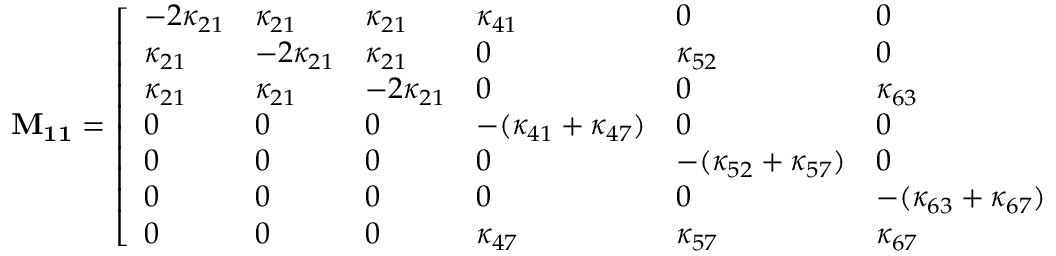
\mathbf { M _ { 1 1 } } = \left[ \begin{array} { l l l l l l l } { - 2 \kappa _ { 2 1 } } & { \kappa _ { 2 1 } } & { \kappa _ { 2 1 } } & { \kappa _ { 4 1 } } & { 0 } & { 0 } & { \kappa _ { 7 1 } } \\ { \kappa _ { 2 1 } } & { - 2 \kappa _ { 2 1 } } & { \kappa _ { 2 1 } } & { 0 } & { \kappa _ { 5 2 } } & { 0 } & { 0 } \\ { \kappa _ { 2 1 } } & { \kappa _ { 2 1 } } & { - 2 \kappa _ { 2 1 } } & { 0 } & { 0 } & { \kappa _ { 6 3 } } & { \kappa _ { 7 3 } } \\ { 0 } & { 0 } & { 0 } & { - ( \kappa _ { 4 1 } + \kappa _ { 4 7 } ) } & { 0 } & { 0 } & { 0 } \\ { 0 } & { 0 } & { 0 } & { 0 } & { - ( \kappa _ { 5 2 } + \kappa _ { 5 7 } ) } & { 0 } & { 0 } \\ { 0 } & { 0 } & { 0 } & { 0 } & { 0 } & { - ( \kappa _ { 6 3 } + \kappa _ { 6 7 } ) } & { 0 } \\ { 0 } & { 0 } & { 0 } & { \kappa _ { 4 7 } } & { \kappa _ { 5 7 } } & { \kappa _ { 6 7 } } & { - ( \kappa _ { 7 1 } + \kappa _ { 7 2 } + \kappa _ { 7 3 } ) } \end{array} \right]